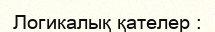
Логикалық қателер :